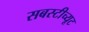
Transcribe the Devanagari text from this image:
सबस्टीच्यूट